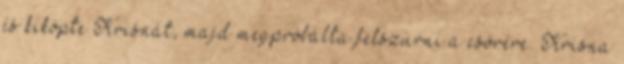
és kiköpte Krisnát, majd megpróbálta felszúrni a csőrére. Krisna